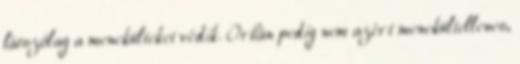
látszólag a menekülteket védik. Orbán pedig nem azért menekültellenes,